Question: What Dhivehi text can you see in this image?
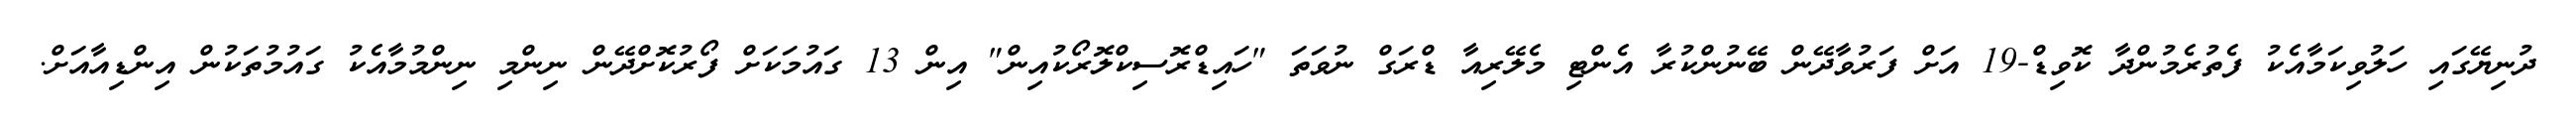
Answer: ދުނިޔޭގައި ހަލުވިކަމާއެކު ފެތުރެމުންދާ ކޮވިޑް-19 އަށް ފަރުވާދޭން ބޭނުންކުރާ އެންޓި މެލޭރިއާ ޑްރަގް ނުވަތަ "ހައިޑްރޮސިކްލޮރޯކުއިން" އިން 13 ގައުމަކަށް ފޯރުކޮށްދޭން ނިންމި ނިންމުމާއެކު ގައުމުތަކުން އިންޑިއާއަށް.